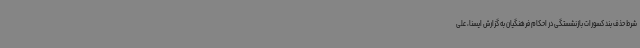
شرط حذف بند کسورات بازنشستگی در احکام فرهنگیان به گزارش ایسنا، علی